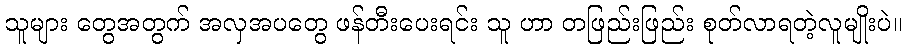
သူများ တွေအတွက် အလှအပတွေ ဖန်တီးပေးရင်း သူ ဟာ တဖြည်းဖြည်း စုတ်လာရတဲ့လူမျိုးပဲ။